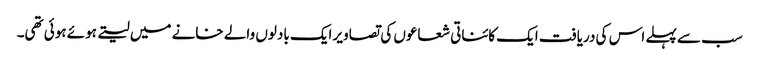
سب سے پہلے اس کی دریافت ایک کائناتی شعاعوں کی تصاویر ایک بادلوں والے خانے میں لیتے ہوئے ہوئی تھی۔